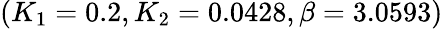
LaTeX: (K_{1}=0.2,K_{2}=0.0428,\beta=3.0593)